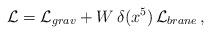
LaTeX: \begin{align*}\mathcal{L}=\mathcal{L}_{grav}+W\,\delta(x^5)\,\mathcal{L}_{brane}\, ,\end{align*}